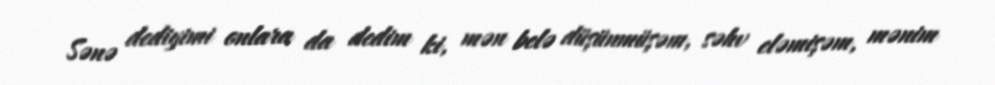
Sənə dediyimi onlara da dedim ki, mən belə düşünmüşəm, səhv eləmişəm, mənim